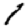
Digit: 1